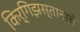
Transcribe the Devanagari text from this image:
किर्गिझस्तानाचे